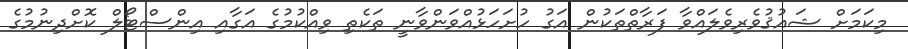
މިކަމަށް ޝައުޤުވެރިވެލައްވާ ފަރާތްތަކުން އަގު ހުށަހަޅުއްވަންވާނީ ތަކެތި ވިއްކުމުގެ އަގާއި އިންސްޓޯލް ކޮށްދިނުމުގެ